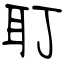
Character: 耵